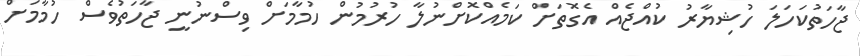
ޖާހަތުކަހަލަ ހުޝިޔާރު ކުއްޖެއް އެގޮތަށް ކަމެއްކޮށްނުލާ ހުރުމުން ހުމާމަށް ވިސްނުނީ ޖާހަތުވެސް ހުމާމަށް